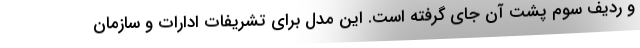
و ردیف سوم پشت آن جای گرفته است. این مدل برای تشریفات ادارات و سازمان